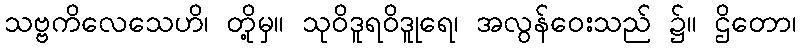
သဗ္ဗကိလေသေဟိ၊ တို့မှ။ သုဝိဒူရဝိဒူုရေ၊ အလွန်ဝေးသည် ၌။ ဌိတော၊